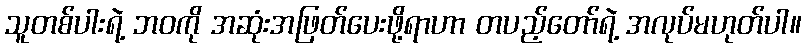
သူတစ်ပါးရဲ့ ဘဝကို အဆုံးအဖြတ်ပေးဖို့ရာဟာ တပည့်တော်ရဲ့ အလုပ်မဟုတ်ပါ။